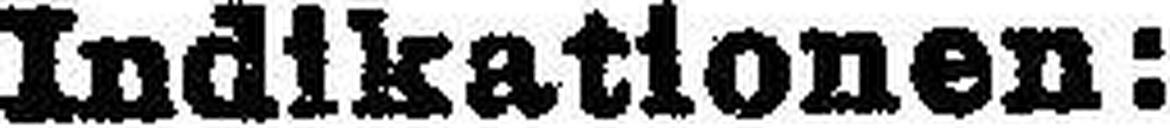
Indikationen: